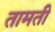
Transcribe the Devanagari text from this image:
तामती